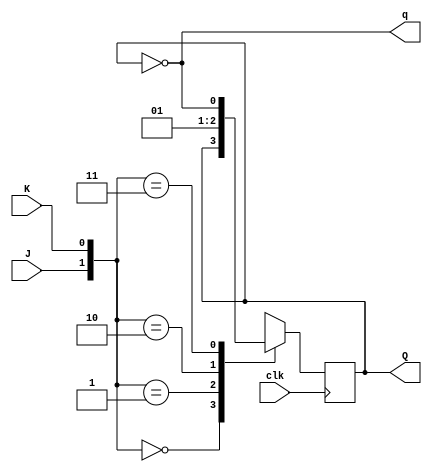
module JK_ff(
		output reg Q,
		output q,
		input J,K,clk
);
assign q=~Q;
always@(negedge clk)
	case ({J,K})
		2'b00:Q<=Q;
		2'b01:Q<=0;
		2'b10:Q<=1;
		2'b11:Q<=~Q;
	endcase
endmodule